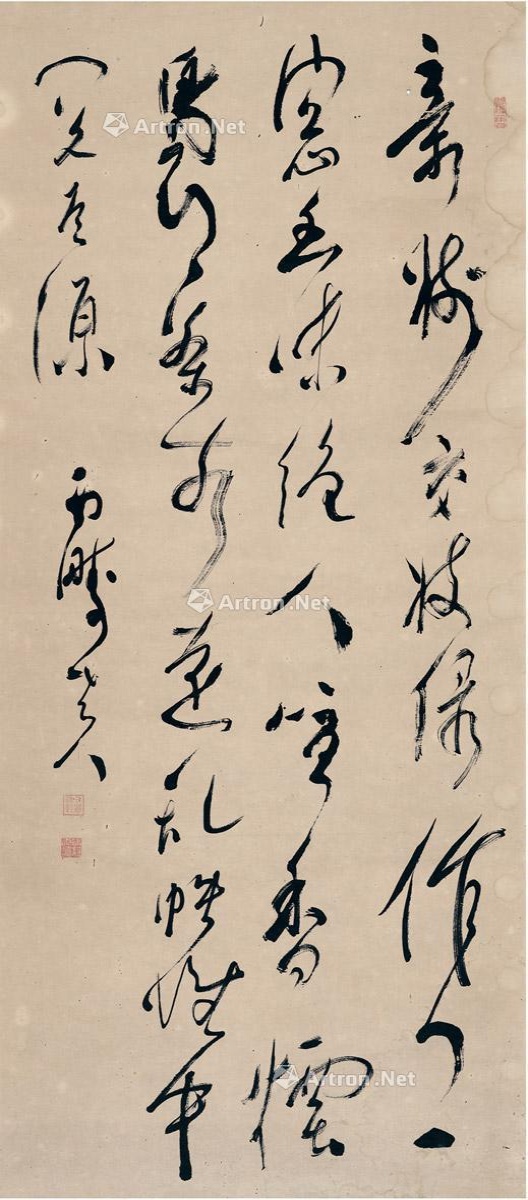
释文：奇树交枝绿作天，一窗幽味绝人喧。香烟袅袅□□远，乱帙堆中阅道源。西畴老人。